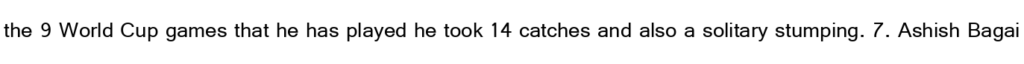
the 9 World Cup games that he has played he took 14 catches and also a solitary stumping. 7. Ashish Bagai